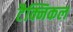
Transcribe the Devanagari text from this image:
टैक्निकल